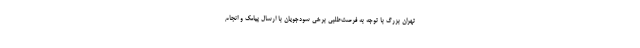
تهران بزرگ با توجه به فرصت‌طلبی برخی سودجویان با ارسال پیامک و انجام